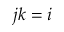
j k = i